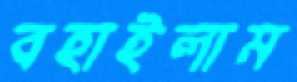
বহাইলাম